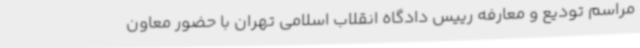
مراسم تودیع و معارفه رییس دادگاه انقلاب اسلامی تهران با حضور معاون